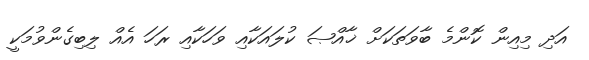
އަދި މިއިން ކޮންމެ ބާވަތަކަށް ޚާއްޞަ ކުލައަކާއި ވަހަކާއި ރަހަ އެއް ލިބިގެންވުމަކީ